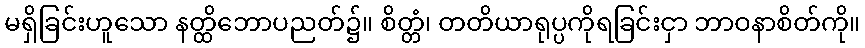
မရှိခြင်းဟူသော နတ္ထိဘောပညတ်၌။ စိတ္တံ၊ တတိယာရုပ္ပကိုရခြင်းငှာ ဘာဝနာစိတ်ကို။